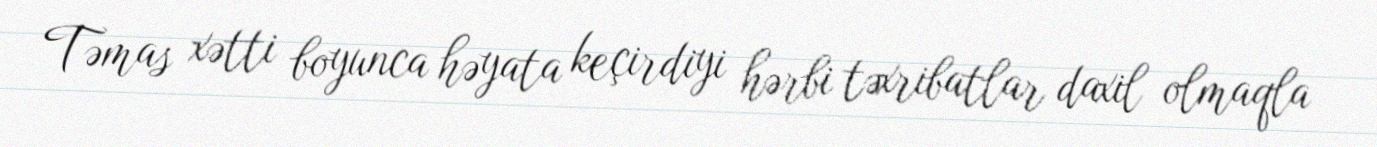
Təmas xətti boyunca həyata keçirdiyi hərbi təxribatlar daxil olmaqla